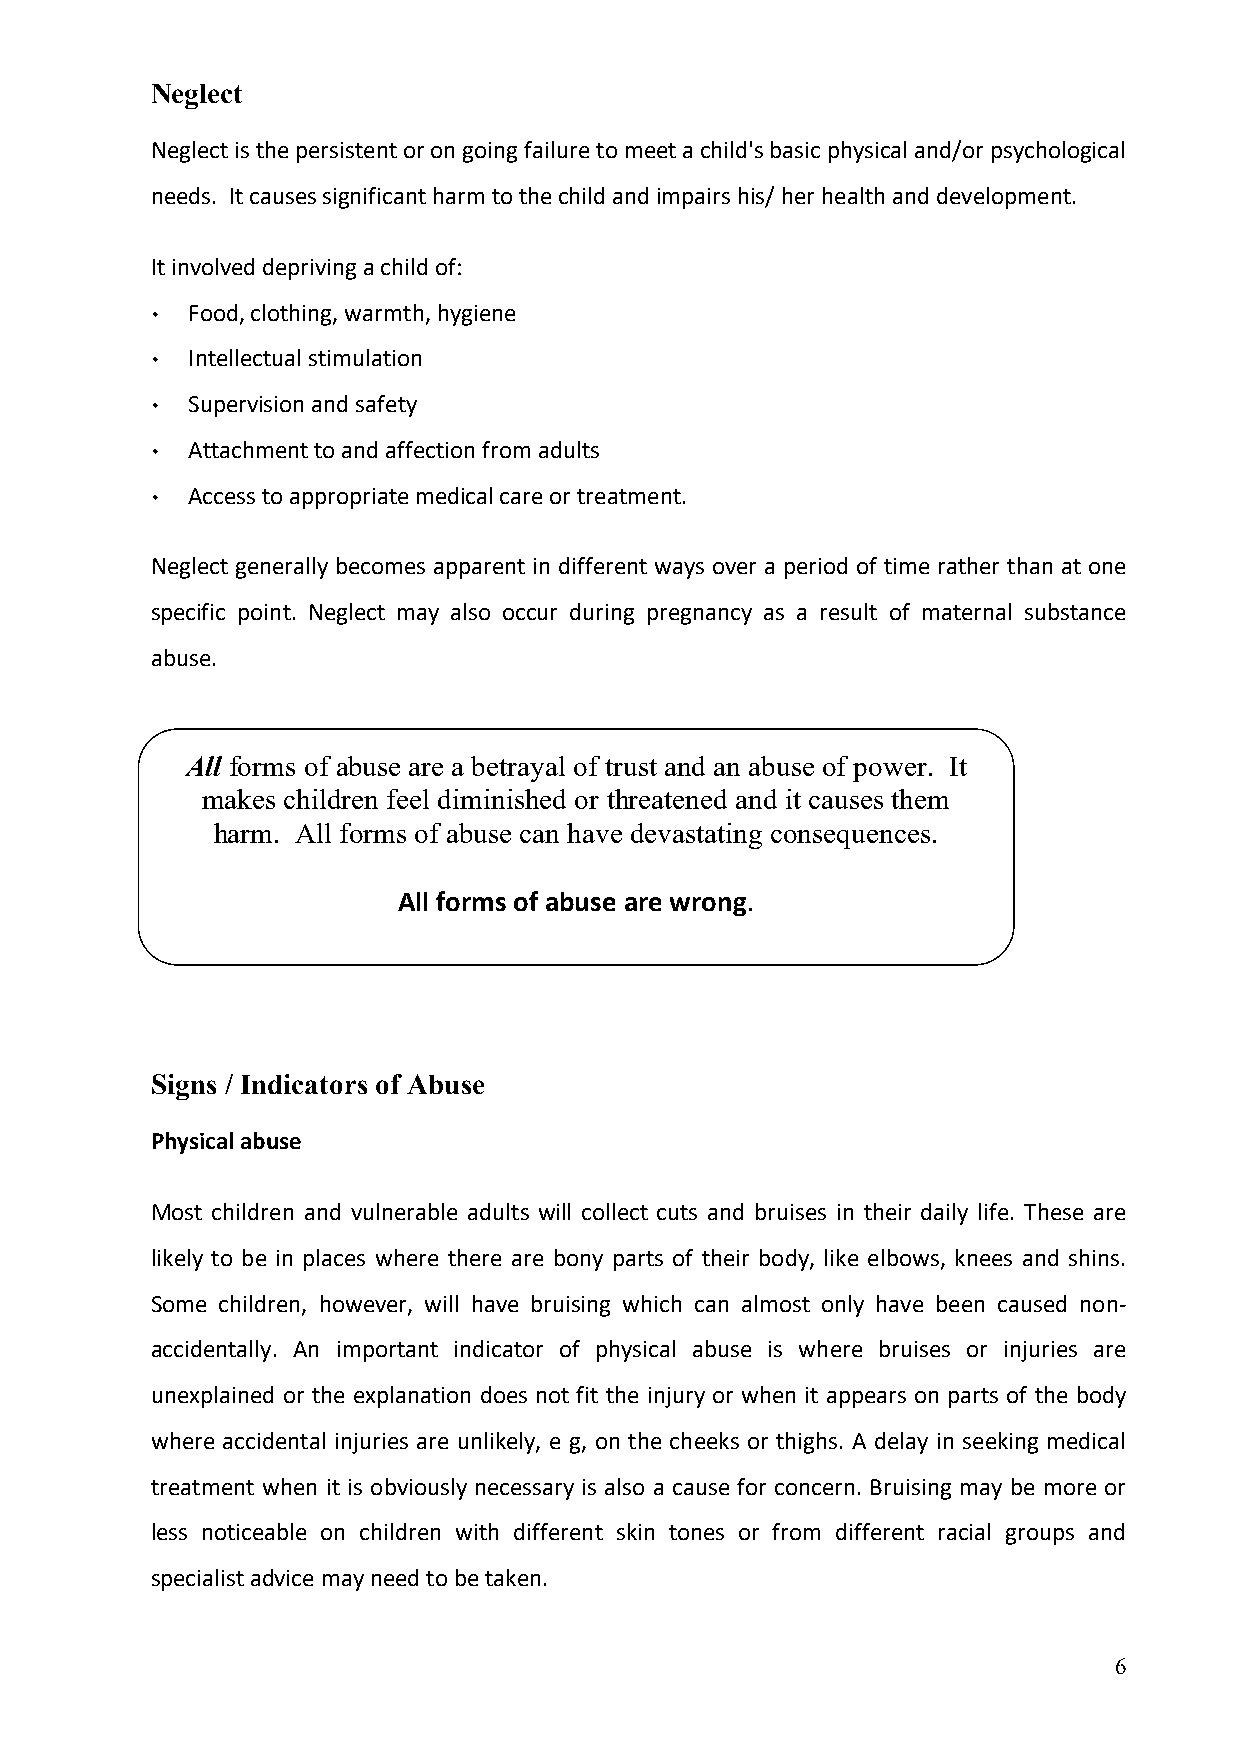
Neglect
 Neglect is the persistent or on going failure to meet a child's basic physical and/or psychological
 needs. It causes significant harm to the child and impairs his/ her health and development.
 It involved depriving a child of:
 ­ Food, clothing, warmth, hygiene
 ­ Intellectual stimulation
 ­ Supervision and safety
 ­ Attachment to and affection from adults
 ­ Access to appropriate medical care or treatment.
 Neglect generally becomes apparent in different ways over a period of time rather than at one
 specific point. Neglect may also occur during pregnancy as a result of maternal substance
 abuse.
 All forms of abuse are a betrayal of trust and an abuse of power. It
 makes children feel diminished or threatened and it causes them
 harm. All forms of abuse can have devastating consequences.
 All forms of abuse are wrong.
 Child abuse is NEVER the child’s fault.
 A child NEVER deserves abuse
 Signs / Indicators of Abuse
 Physical abuse
 Most children and vulnerable adults will collect cuts and bruises in their daily life. These are
 likely to be in places where there are bony parts of their body, like elbows, knees and shins.
 Some children, however, will have bruising which can almost only have been caused non-
 accidentally. An important indicator of physical abuse is where bruises or injuries are
 unexplained or the explanation does not fit the injury or when it appears on parts of the body
 where accidental injuries are unlikely, e g, on the cheeks or thighs. A delay in seeking medical
 treatment when it is obviously necessary is also a cause for concern. Bruising may be more or
 less noticeable on children with different skin tones or from different racial groups and
 specialist advice may need to be taken.
 6